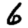
Digit: 6